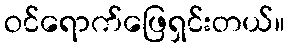
ဝင်ရောက်ဖြေရှင်းတယ်။